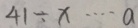
4 1 \div x \cdots a